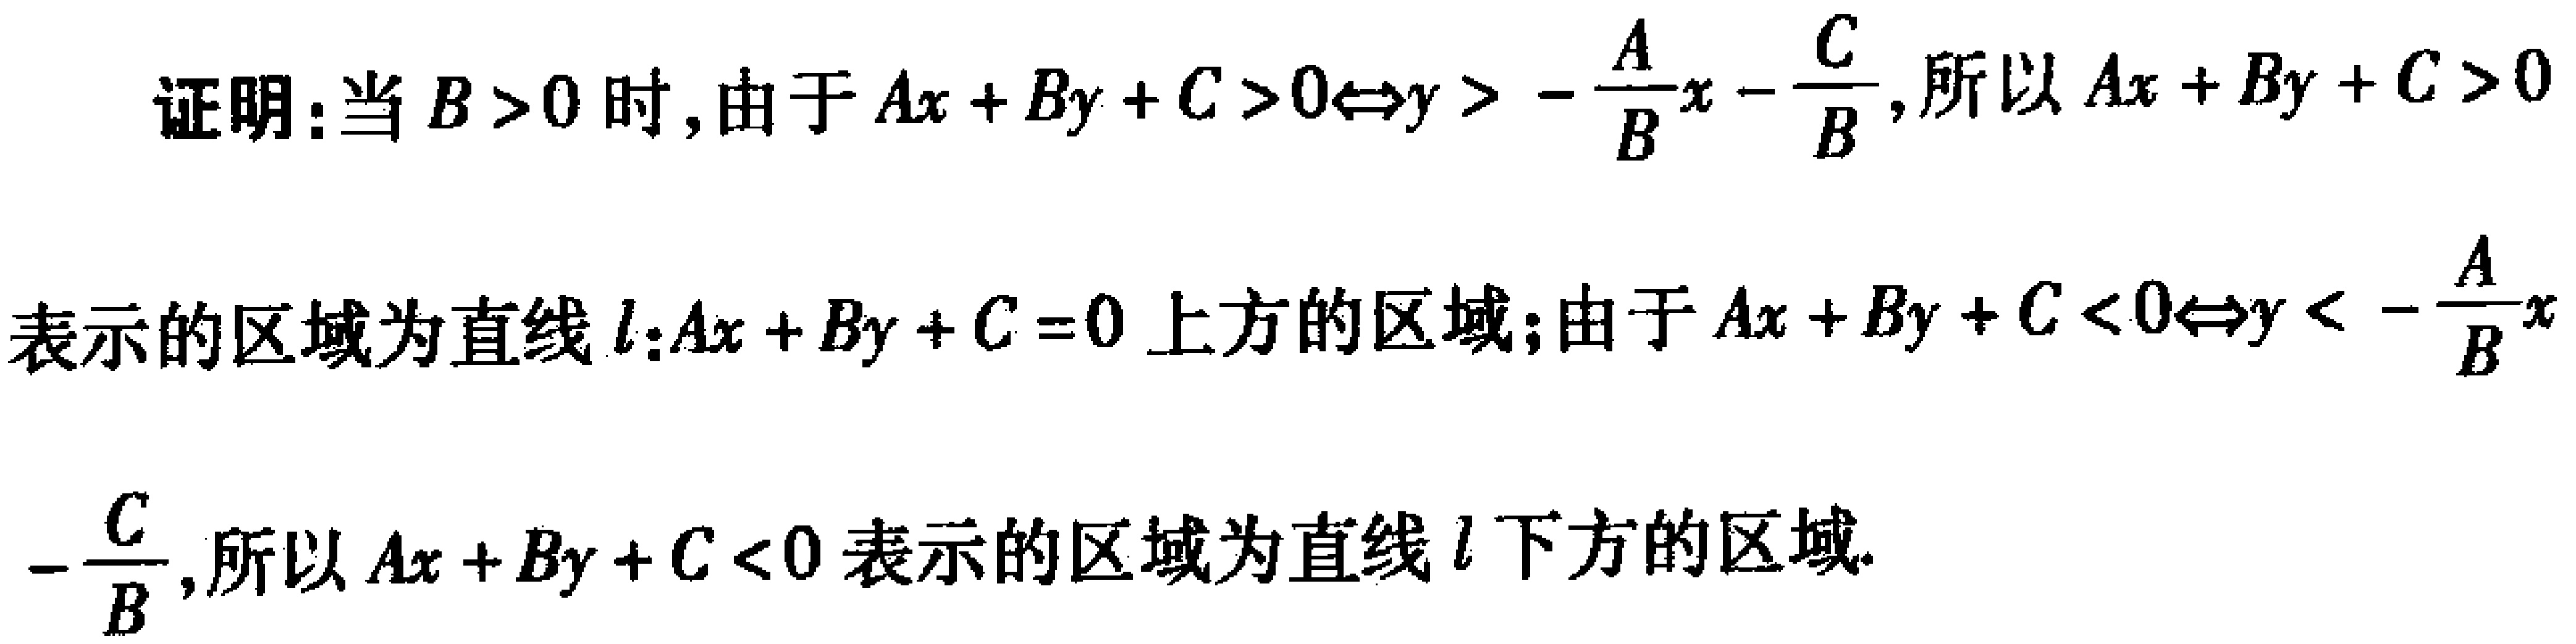
证明：当 \(B > 0\) 时，由于 \(Ax + By + C > 0\Leftrightarrow y > -\frac{A}{B}x - \frac{C}{B}\)，所以 \(Ax + By + C > 0\) 表示的区域为直线 \(l:Ax + By + C = 0\) 上方的区域；由于 \(Ax + By + C < 0\Leftrightarrow y < -\frac{A}{B}x -\frac{C}{B}\)，所以 \(Ax + By + C < 0\) 表示的区域为直线 \(l\) 下方的区域.